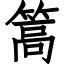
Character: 篙